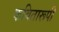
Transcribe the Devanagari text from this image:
कवितारूपी